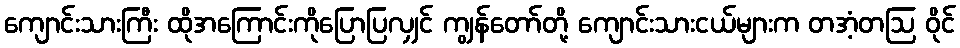
ကျောင်းသားကြီး ထိုအကြောင်းကိုပြောပြလျှင် ကျွန်တော်တို့ ကျောင်းသားငယ်များက တအံ့တဩ ဝိုင်